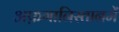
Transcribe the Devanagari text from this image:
अफ़गानिस्तानमें